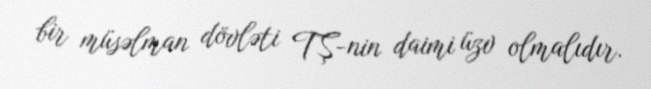
bir müsəlman dövləti TŞ-nin daimi üzv olmalıdır.